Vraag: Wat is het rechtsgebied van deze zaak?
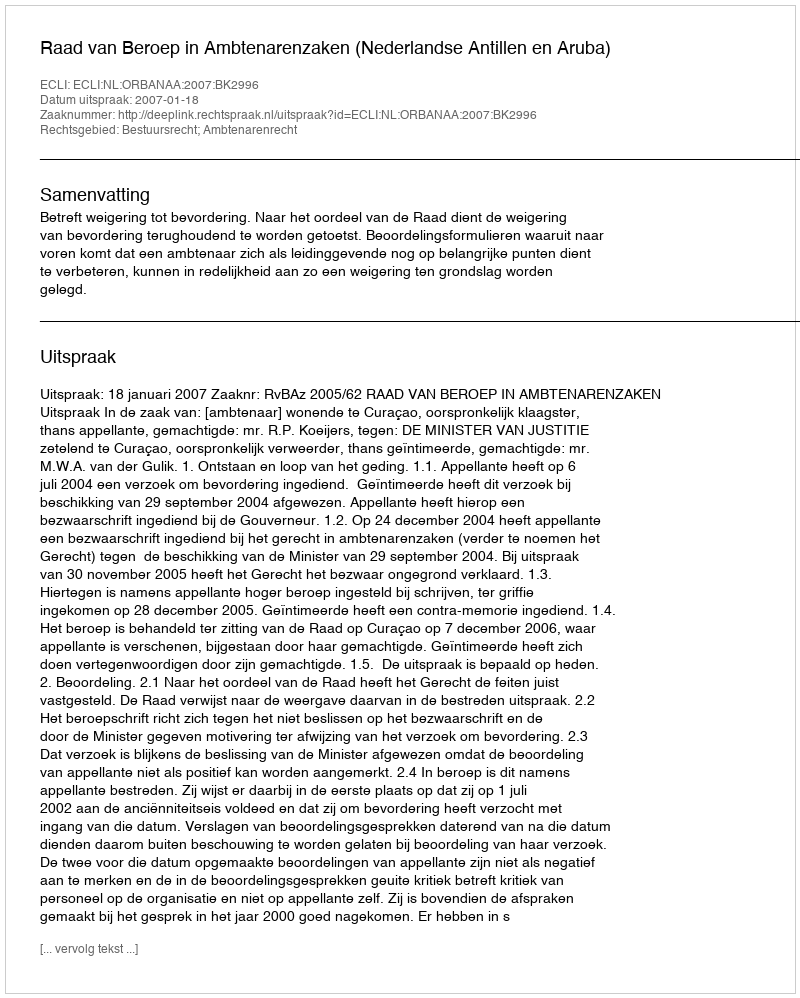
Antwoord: Bestuursrecht; Ambtenarenrecht